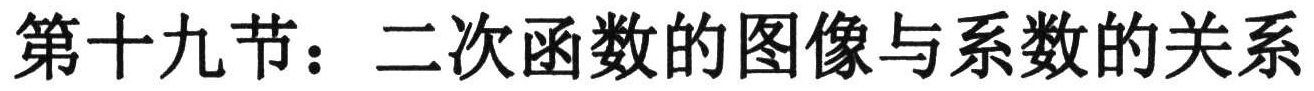
第十九节：二次函数的图像与系数的关系